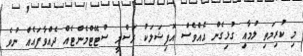
މި ކުރިމަތި ލުމާއި ގުޅިގެން އެއްވެސް އޮފިޝަލަކު ރަސްމީ ސްޓޭޓްމެންޓެއް ދެއްވާފައެއް ނުވެ